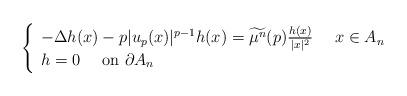
LaTeX: \begin{align*}\left\{\begin{array}{lr}-\Delta h(x)-p|u_p(x)|^{p-1}h(x)=\widetilde{\mu^n}(p) \frac{h(x)}{|x|^2} \ \ \ \ x\in A_n\\h=0 \ \ \ \ \mbox{on } \partial A_n\end{array}\right.\end{align*}